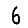
Digit: 6